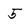
Character: 5